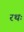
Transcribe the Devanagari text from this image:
रथः